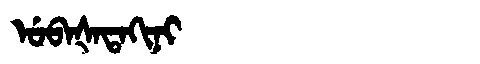
Manchu: ᡠᠪᠠᡧᠠᡨᠠᡴᡳᠨᡳ
Romanization: UBAŠATAKINI